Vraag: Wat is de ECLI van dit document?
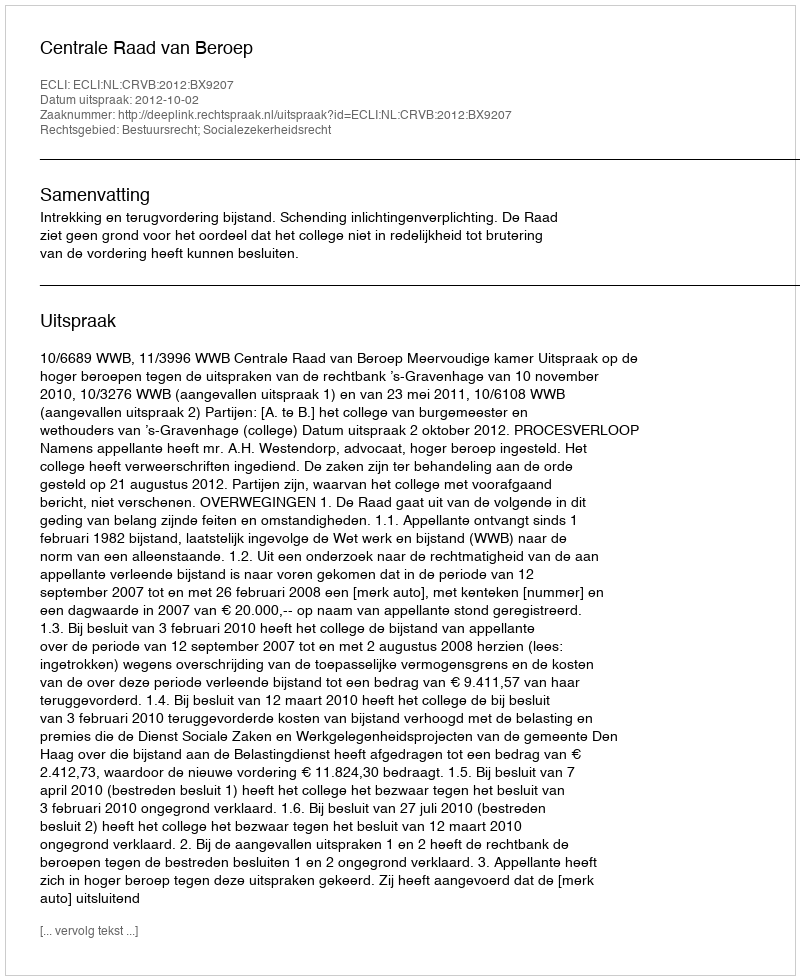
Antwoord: ECLI:NL:CRVB:2012:BX9207